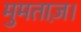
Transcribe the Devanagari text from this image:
मुमताज़।